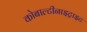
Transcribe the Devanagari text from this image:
कोबाल्टीनाइट्राइट